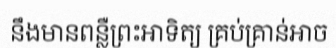
នឹងមានពន្លឺព្រះអាទិត្យ គ្រប់គ្រាន់អាច